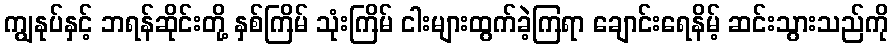
ကျွနုပ်နှင့် ဘရန်ဆိုင်းတို့ နှစ်ကြိမ် သုံးကြိမ် ငါးများထွက်ခဲ့ကြရာ ချောင်းရေနိမ့် ဆင်းသွားသည်ကို